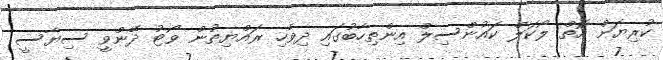
ކުރިޔަށް އޮތް ލޯކަލް ކައުންސިލް އިންތިހާބުގައި ދިވެހި ރައްޔިތުން ވޯޓު ދޭންވީ ސިޔާސީ